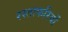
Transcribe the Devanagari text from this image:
रस्ताफरियों